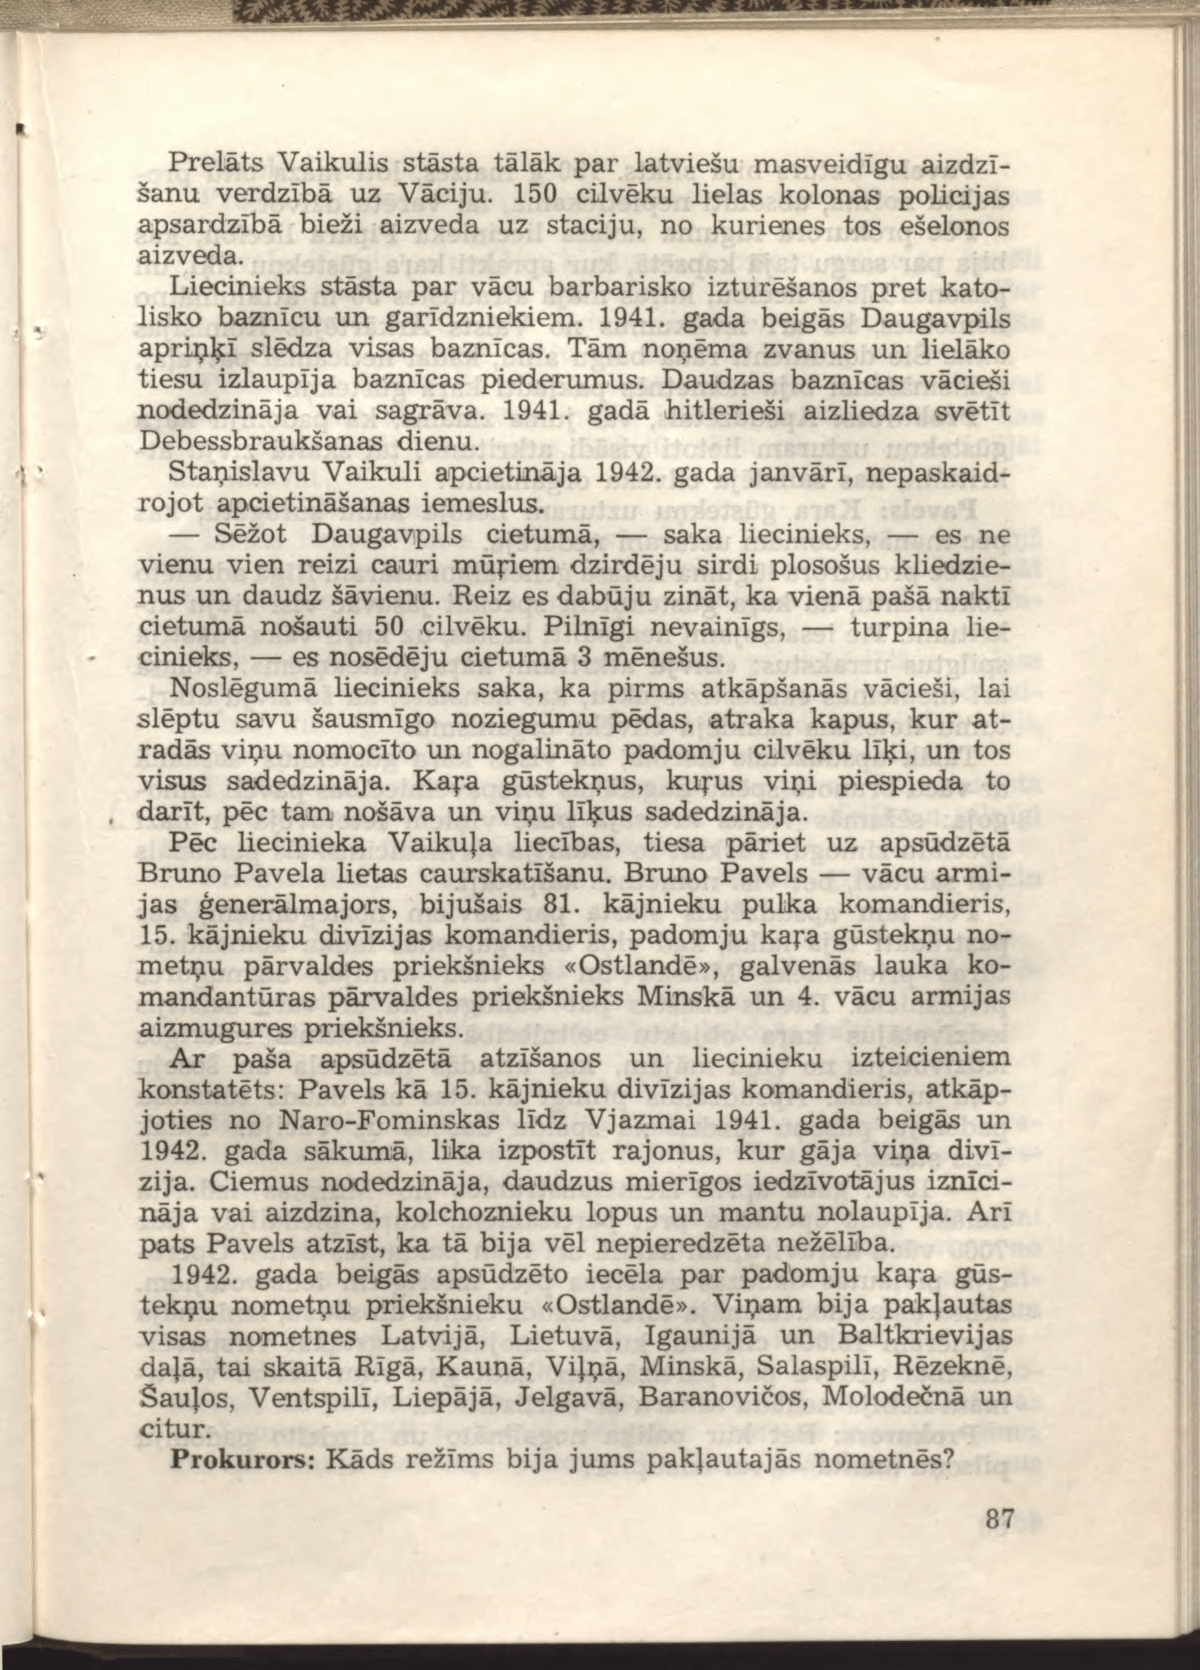
Language: lv